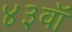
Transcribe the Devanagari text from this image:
४३वॉ